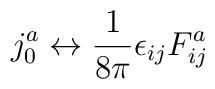
j^{a}_{0} \leftrightarrow \frac{1}{8\pi} \epsilon_{ij}F^{a}_{ij}